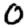
Digit: 0